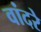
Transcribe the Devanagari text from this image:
वांदरे